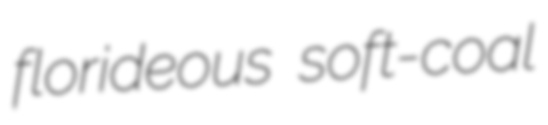
florideous soft-coal